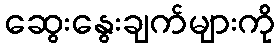
ဆွေးနွေးချက်များကို